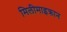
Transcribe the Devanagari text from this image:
मिलीमाइक्रान